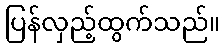
ပြန်လှည့်ထွက်သည်။